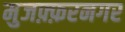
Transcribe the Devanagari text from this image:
मुजफ़्फ़रनगर